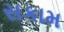
સકામ